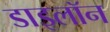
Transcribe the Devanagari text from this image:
डाइलॉन